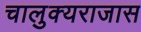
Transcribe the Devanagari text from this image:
चालुक्यराजास